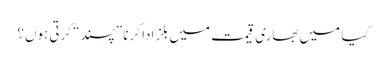
کیا میں بھاری قیمت میں بلز ادا کرنا ”پسند“ کرتی ہوں؟